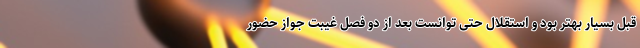
قبل بسیار بهتر بود و استقلال حتی توانست بعد از دو فصل غیبت جواز حضور